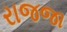
રાજજા